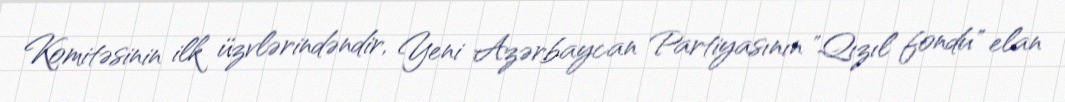
Komitəsinin ilk üzvlərindəndir, Yeni Azərbaycan Partiyasının "Qızıl fondu" elan